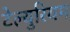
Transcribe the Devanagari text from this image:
टेल्युरियम